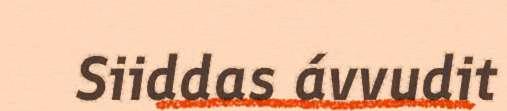
Siiddas ávvudit